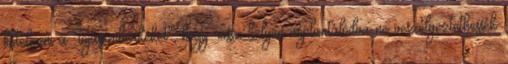
kötelezni a "tojásemberkéket", hogy rossz helyen implantálódva ne veszélyeztethessék